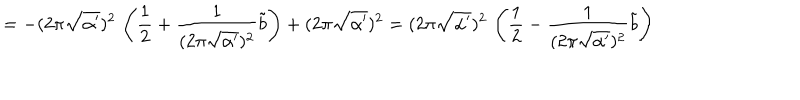
LaTeX: = - ( 2 \pi \sqrt { \alpha ^ { \prime } } ) ^ { 2 } \, \left( \frac { 1 } { 2 } + \frac { 1 } { ( 2 \pi \sqrt { \alpha ^ { \prime } } ) ^ { 2 } } \tilde { b } \right) + ( 2 \pi \sqrt { \alpha ^ { \prime } } ) ^ { 2 } = ( 2 \pi \sqrt { \alpha ^ { \prime } } ) ^ { 2 } \, \left( \frac { 1 } { 2 } - \frac { 1 } { ( 2 \pi \sqrt { \alpha ^ { \prime } } ) ^ { 2 } } \tilde { b } \right)